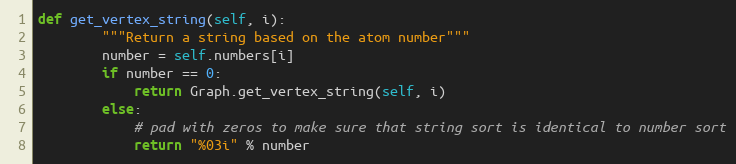
Language: Python
def get_vertex_string(self, i):
        """Return a string based on the atom number"""
        number = self.numbers[i]
        if number == 0:
            return Graph.get_vertex_string(self, i)
        else:
            # pad with zeros to make sure that string sort is identical to number sort
            return "%03i" % number